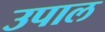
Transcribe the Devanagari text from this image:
उपाल